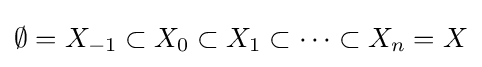
\emptyset =X_{-1}\subset X_{0}\subset X_{1}\subset \cdots \subset X_{n}=X